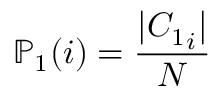
\mathbb { P } _ { 1 } ( i ) = \frac { | { C _ { 1 } } _ { i } | } { N }